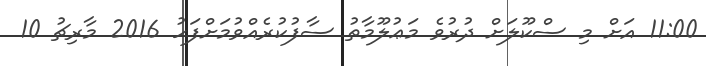
11:00 އަށް މި ސްކޫލަށް ދުރުވެ މަޢުލޫމާތު ސާފުކުރެއްވުމަށްފަހު 2016 މާރިޗު 10